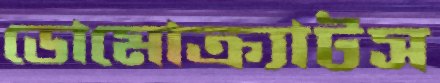
ডোমোক্র্যাটস